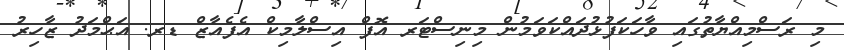
މި ރަސްމިއްޔާތުގައި ވާހަކަފުޅުދައްކަވަމުން މިނިސްޓަރ އޮފް އިސްލާމިކް އެފެއާޒް ޑރ. އަޙްމަދު ޒާހިރު